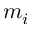
m _ { i }